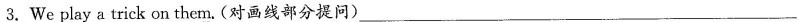
3.We play a trick on them.(对画线部分提问)